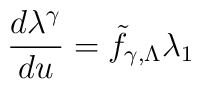
\frac{d\lambda^{\gamma}}{du} = {\tilde f}_{\gamma, \Lambda}\lambda_1